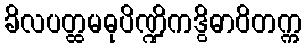
ခိလပတ္ထမဓုပိဏ္ဍိကဒွိဓာဝိတက္က